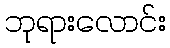
ဘုရားလောင်း